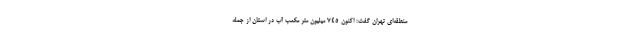
منطقه‌ای تهران گفت: اکنون ۷۴۵ میلیون متر مکعب آب در استان از جمله